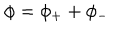
\phi = \phi _ { + } + \phi _ { - }